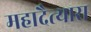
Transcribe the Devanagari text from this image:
महादैत्यास